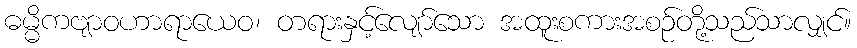
ဓမ္မိကဗျာဝဟာရာယေဝ၊ တရားနှင့်လျော်သော အထူးစကားအစဉ်တို့သည်သာလျှင်။